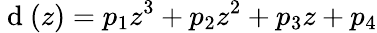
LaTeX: \mathrm{~d~}(z)=p_{1}z^{3}+p_{2}z^{2}+p_{3}z+p_{4}